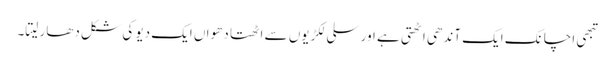
تبھی اچانک ایک آندھی اٹھتی ہے اور سلی لکڑیوں سے اٹھتا دھواں ایک دیو کی شکل دھار لیتا۔